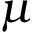
\mu